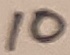
Text: 10